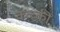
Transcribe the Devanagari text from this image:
क्व्व्की